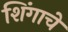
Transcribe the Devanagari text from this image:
शिंगाचे